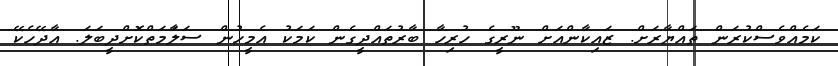
ކަމެއްވެސްކުރަން ތައްޔާރަށް. ޒައިކާންއަށް ނޫރީގެ ހުރިހާ ބާރުތައްދީގެން ކަމަކު އެމީހުން ސަލާަމަތްކޮށްދީބަލަ. އާދޭހެކޭ